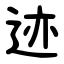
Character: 迹